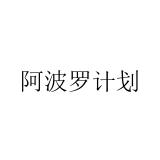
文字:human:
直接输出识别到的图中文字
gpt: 阿波罗计划